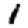
Digit: 1